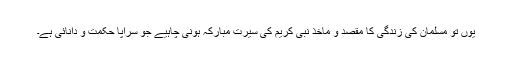
یوں تو مسلمان کی زندگی کا مقصد و ماخذ نبی کریم کی سیرت مبارکہ ہونی چاہیے جو سراپا حکمت و دانائی ہے۔